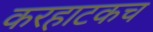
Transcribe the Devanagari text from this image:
करहाटकच